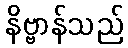
နိဗ္ဗာန်သည်